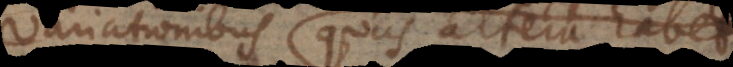
flexionibus quas altera habet;